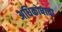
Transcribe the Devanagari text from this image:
अधिकोषाचा